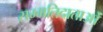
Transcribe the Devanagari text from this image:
सम्मतिदाताओं